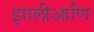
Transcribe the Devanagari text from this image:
झालीआणि